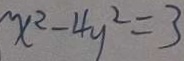
x ^ { 2 } - 4 y ^ { 2 } = 3